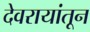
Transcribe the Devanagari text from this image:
देवरायांतून